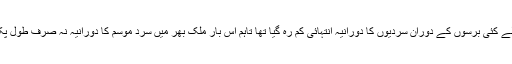
چیف میٹرولوجسٹ ڈاکٹر حنیف نے بتایا کہ پچھلے کئی برسوں کے دوران سردیوں کا دورانیہ انتہائی کم رہ گیا تھا تاہم اس بار ملک بھر میں سرد موسم کا دورانیہ نہ صرف طول پکڑ گیا بلکہ اس کی شدت میں بھی اضافہ ہوا ہے۔